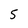
Character: 5